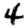
Digit: 4